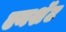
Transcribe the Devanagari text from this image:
एनशॅंट